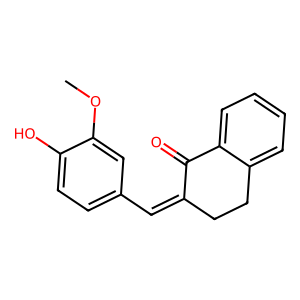
SMILES: COc1cc(C=C2CCc3ccccc3C2=O)ccc1O
Inhibits HIV replication: No